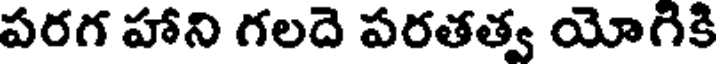
పరగ హాని గలదె పరతత్వ యోగికి